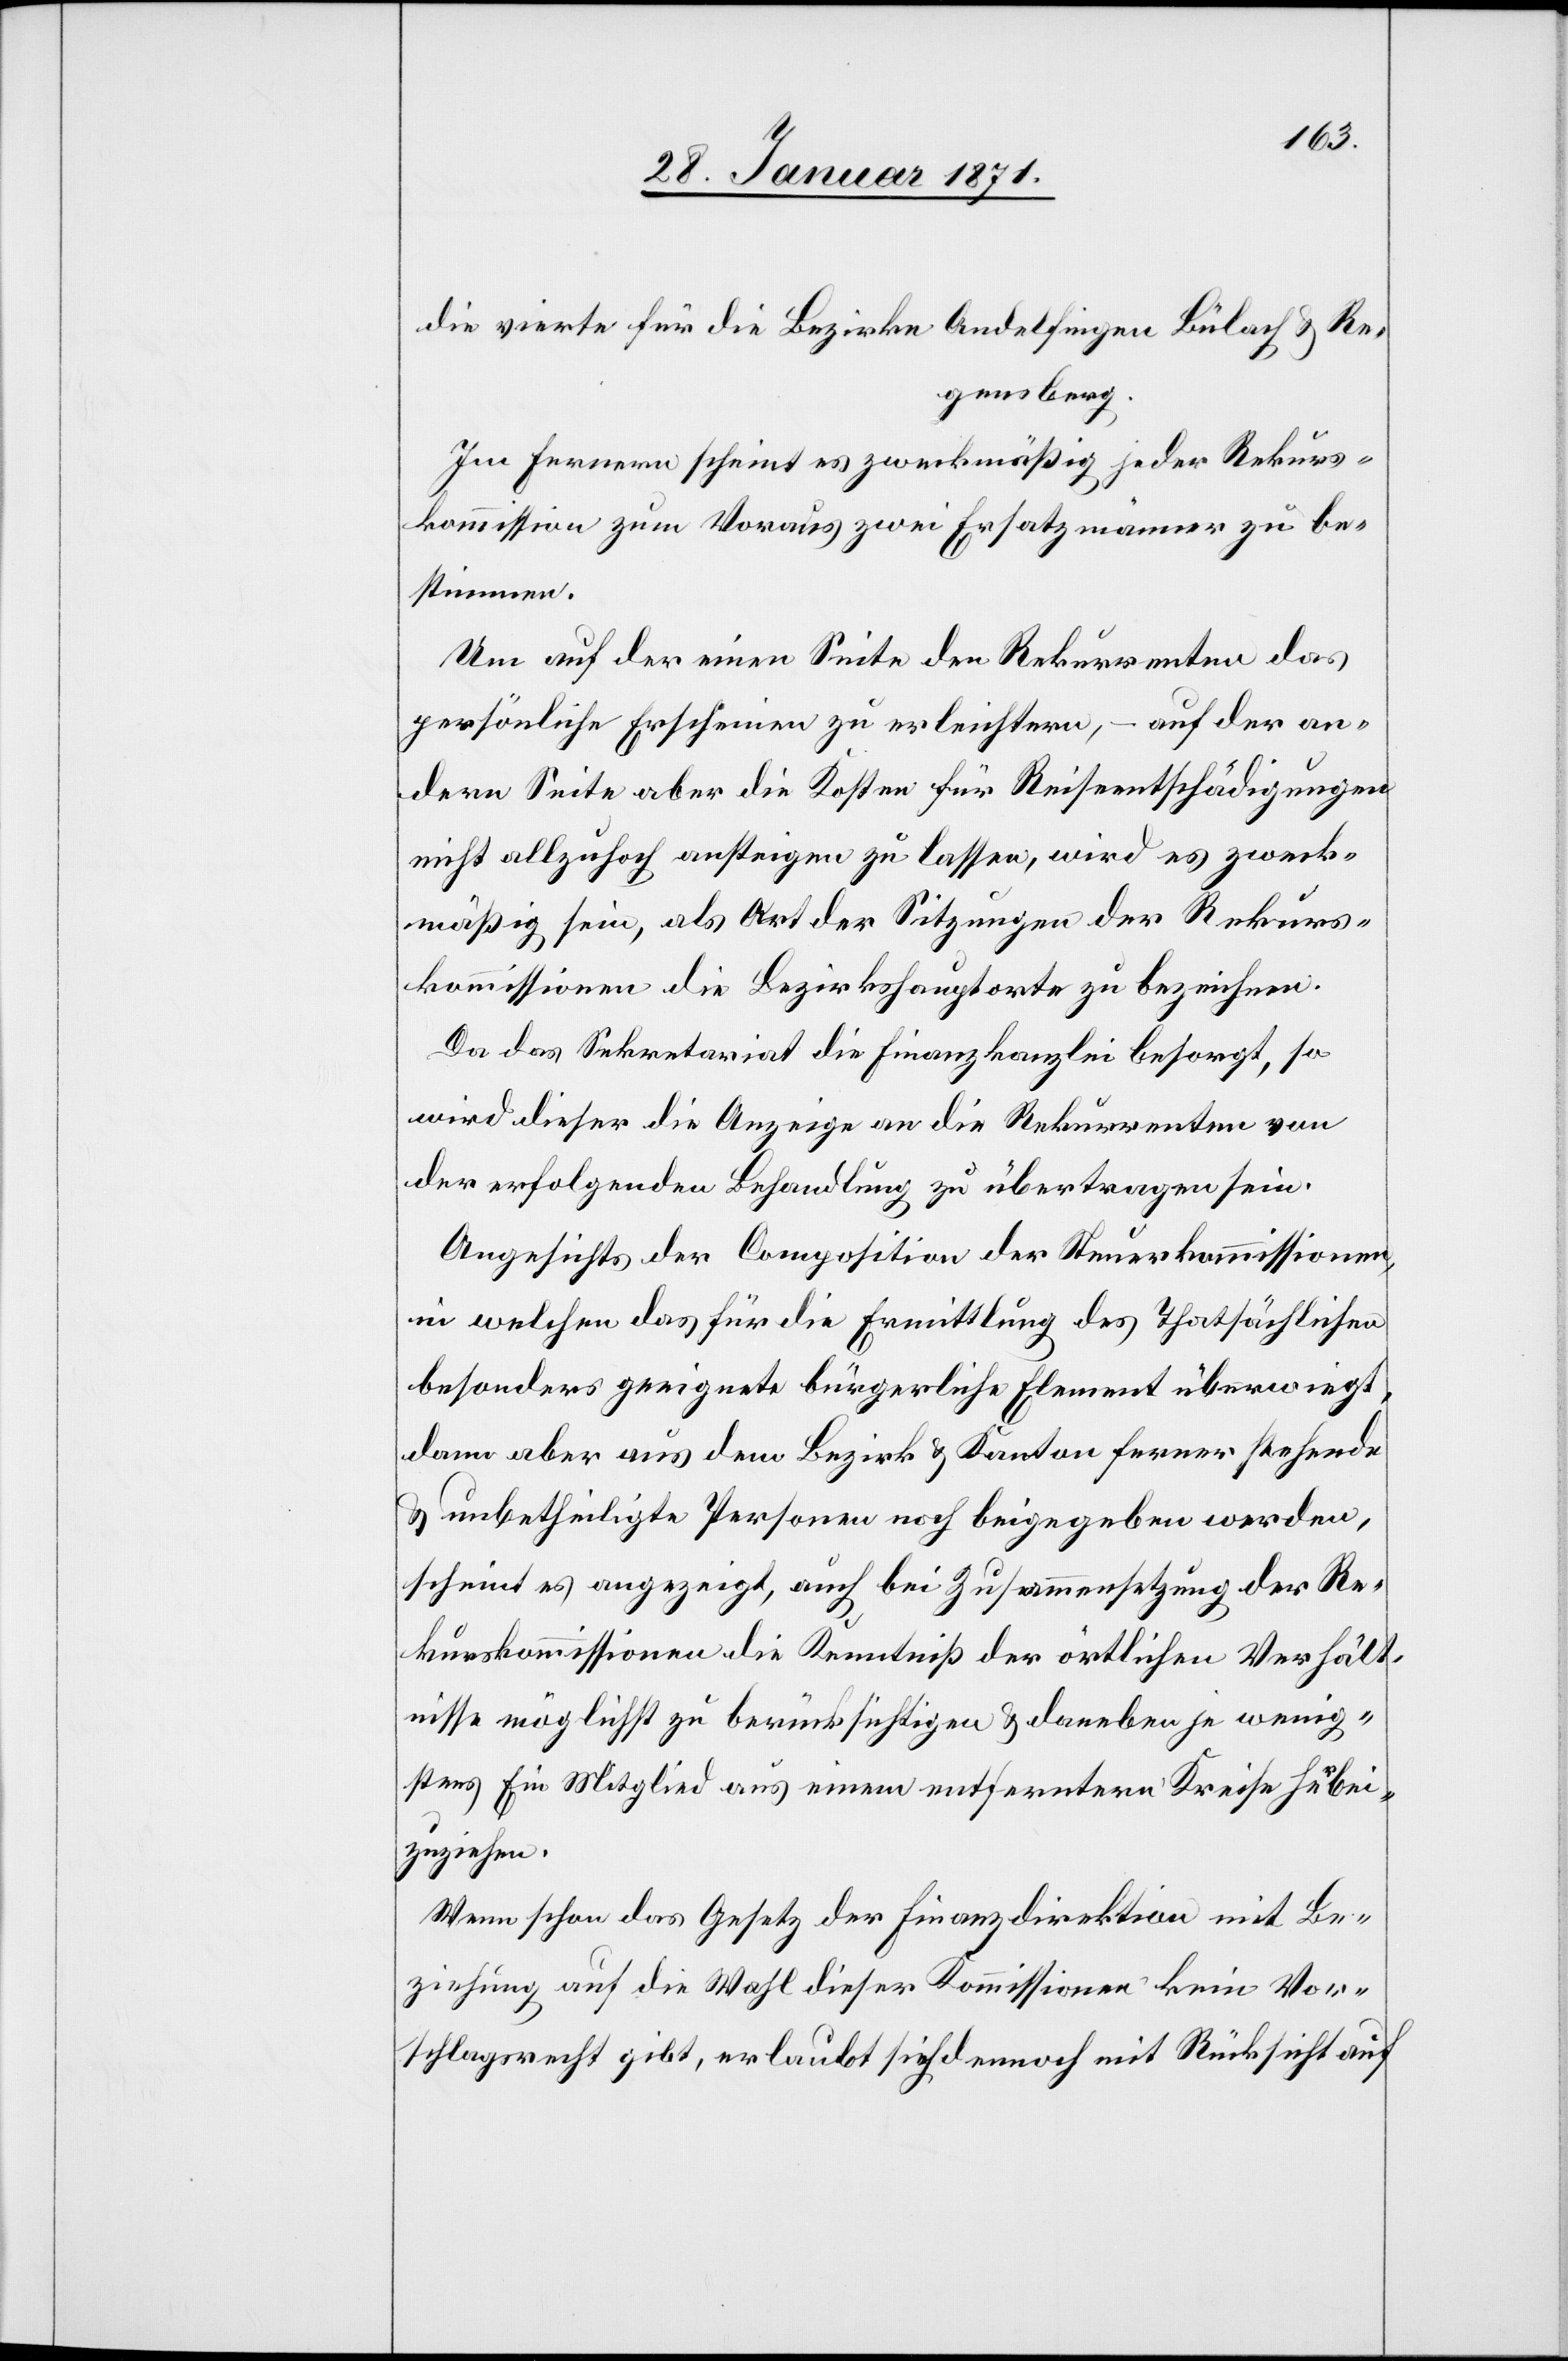
Regensberg.
Im Fernern scheint es zweckmäßig jeder Rekurs¬
kommission zum Voraus zwei Ersatzmänner zu be¬
stimmen.
Um auf der einen Seite den Rekursenten das
persönliche Erscheinen zu erleichtern, – auf der an¬
dern Seite aber die Kosten für Reiseentschädigungen
nicht allzuhoch ansteigen zu lassen, wird es zweck¬
mäßig sein, als Art der Sitzung der Rekurs¬
kommissionen die Bezirkshauptorte zu bezeichnen.
Da das Sekretariat die Finanzkanzlei besorgt, so
wird dieser die Anzeige an die Rekurrenten von
der erfolgenden Behandlung zu übertragen sein.
Angesichts der Composition der Steuerkommissionen,
in welchen das für die Ermittlung des Thatsächlichen
besonders geeignete bürgerliche Element überwiegt,
dann aber aus dem Bezirk u. Kanton ferner stehende
u. unbetheiligte Personen noch beigegeben werden,
scheint es angezeigt, auch bei Zusammensetzung der Re¬
kurskommissionen die Kenntniß der örtlichen Verhält¬
nisse möglichst zu berücksichtigen u. daneben je wenig¬
stens Ein Mitglied aus einem entferntern Kreise herbei¬
zuziehen.
Wenn schon das Gesetz der Finanzdirektion mit Be¬
ziehung auf die Wahl dieser Kommissionen kein Vor¬
schlagsrecht gibt, erlaubt sich dennoch mit Rücksicht auf